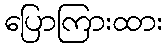
ပြောကြားထား